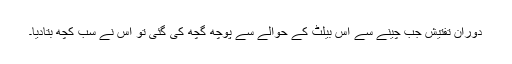
دوران تفتیش جب چینے سے اس بیلٹ کے حوالے سے پوچھ گچھ کی گئی تو اس نے سب کچھ بتادیا۔